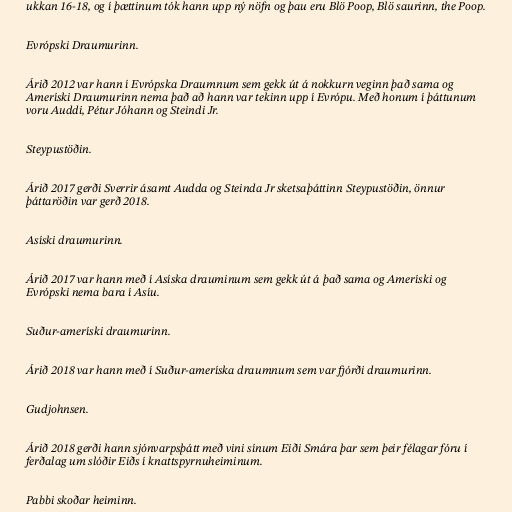
ukkan 16-18, og í þættinum tók hann upp ný nöfn og þau eru Blö Poop, Blö saurinn, the Poop.

Evrópski Draumurinn.

Árið 2012 var hann í Evrópska Draumnum sem gekk út á nokkurn veginn það sama og
Ameríski Draumurinn nema það að hann var tekinn upp í Evrópu. Með honum í þáttunum
voru Auddi, Pétur Jóhann og Steindi Jr.

Steypustöðin.

Árið 2017 gerði Sverrir ásamt Audda og Steinda Jr sketsaþáttinn Steypustöðin, önnur
þáttaröðin var gerð 2018.

Asíski draumurinn.

Árið 2017 var hann með í Asíska drauminum sem gekk út á það sama og Ameríski og
Evrópski nema bara í Asíu.

Suður-ameríski draumurinn.

Árið 2018 var hann með í Suður-ameríska draumnum sem var fjórði draumurinn.

Gudjohnsen.

Árið 2018 gerði hann sjónvarpsþátt með vini sínum Eiði Smára þar sem þeir félagar fóru í
ferðalag um slóðir Eiðs í knattspyrnuheiminum.

Pabbi skoðar heiminn.